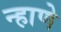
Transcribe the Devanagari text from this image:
न्हाणे